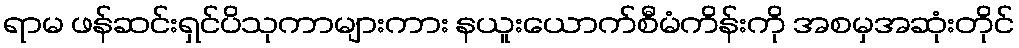
ရာမ ဖန်ဆင်းရှင်ပိသုကာများကား နယူးယောက်စီမံကိန်းကို အစမှအဆုံးတိုင်